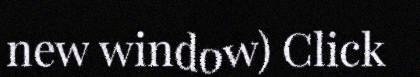
new window) Click